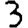
Digit: 3